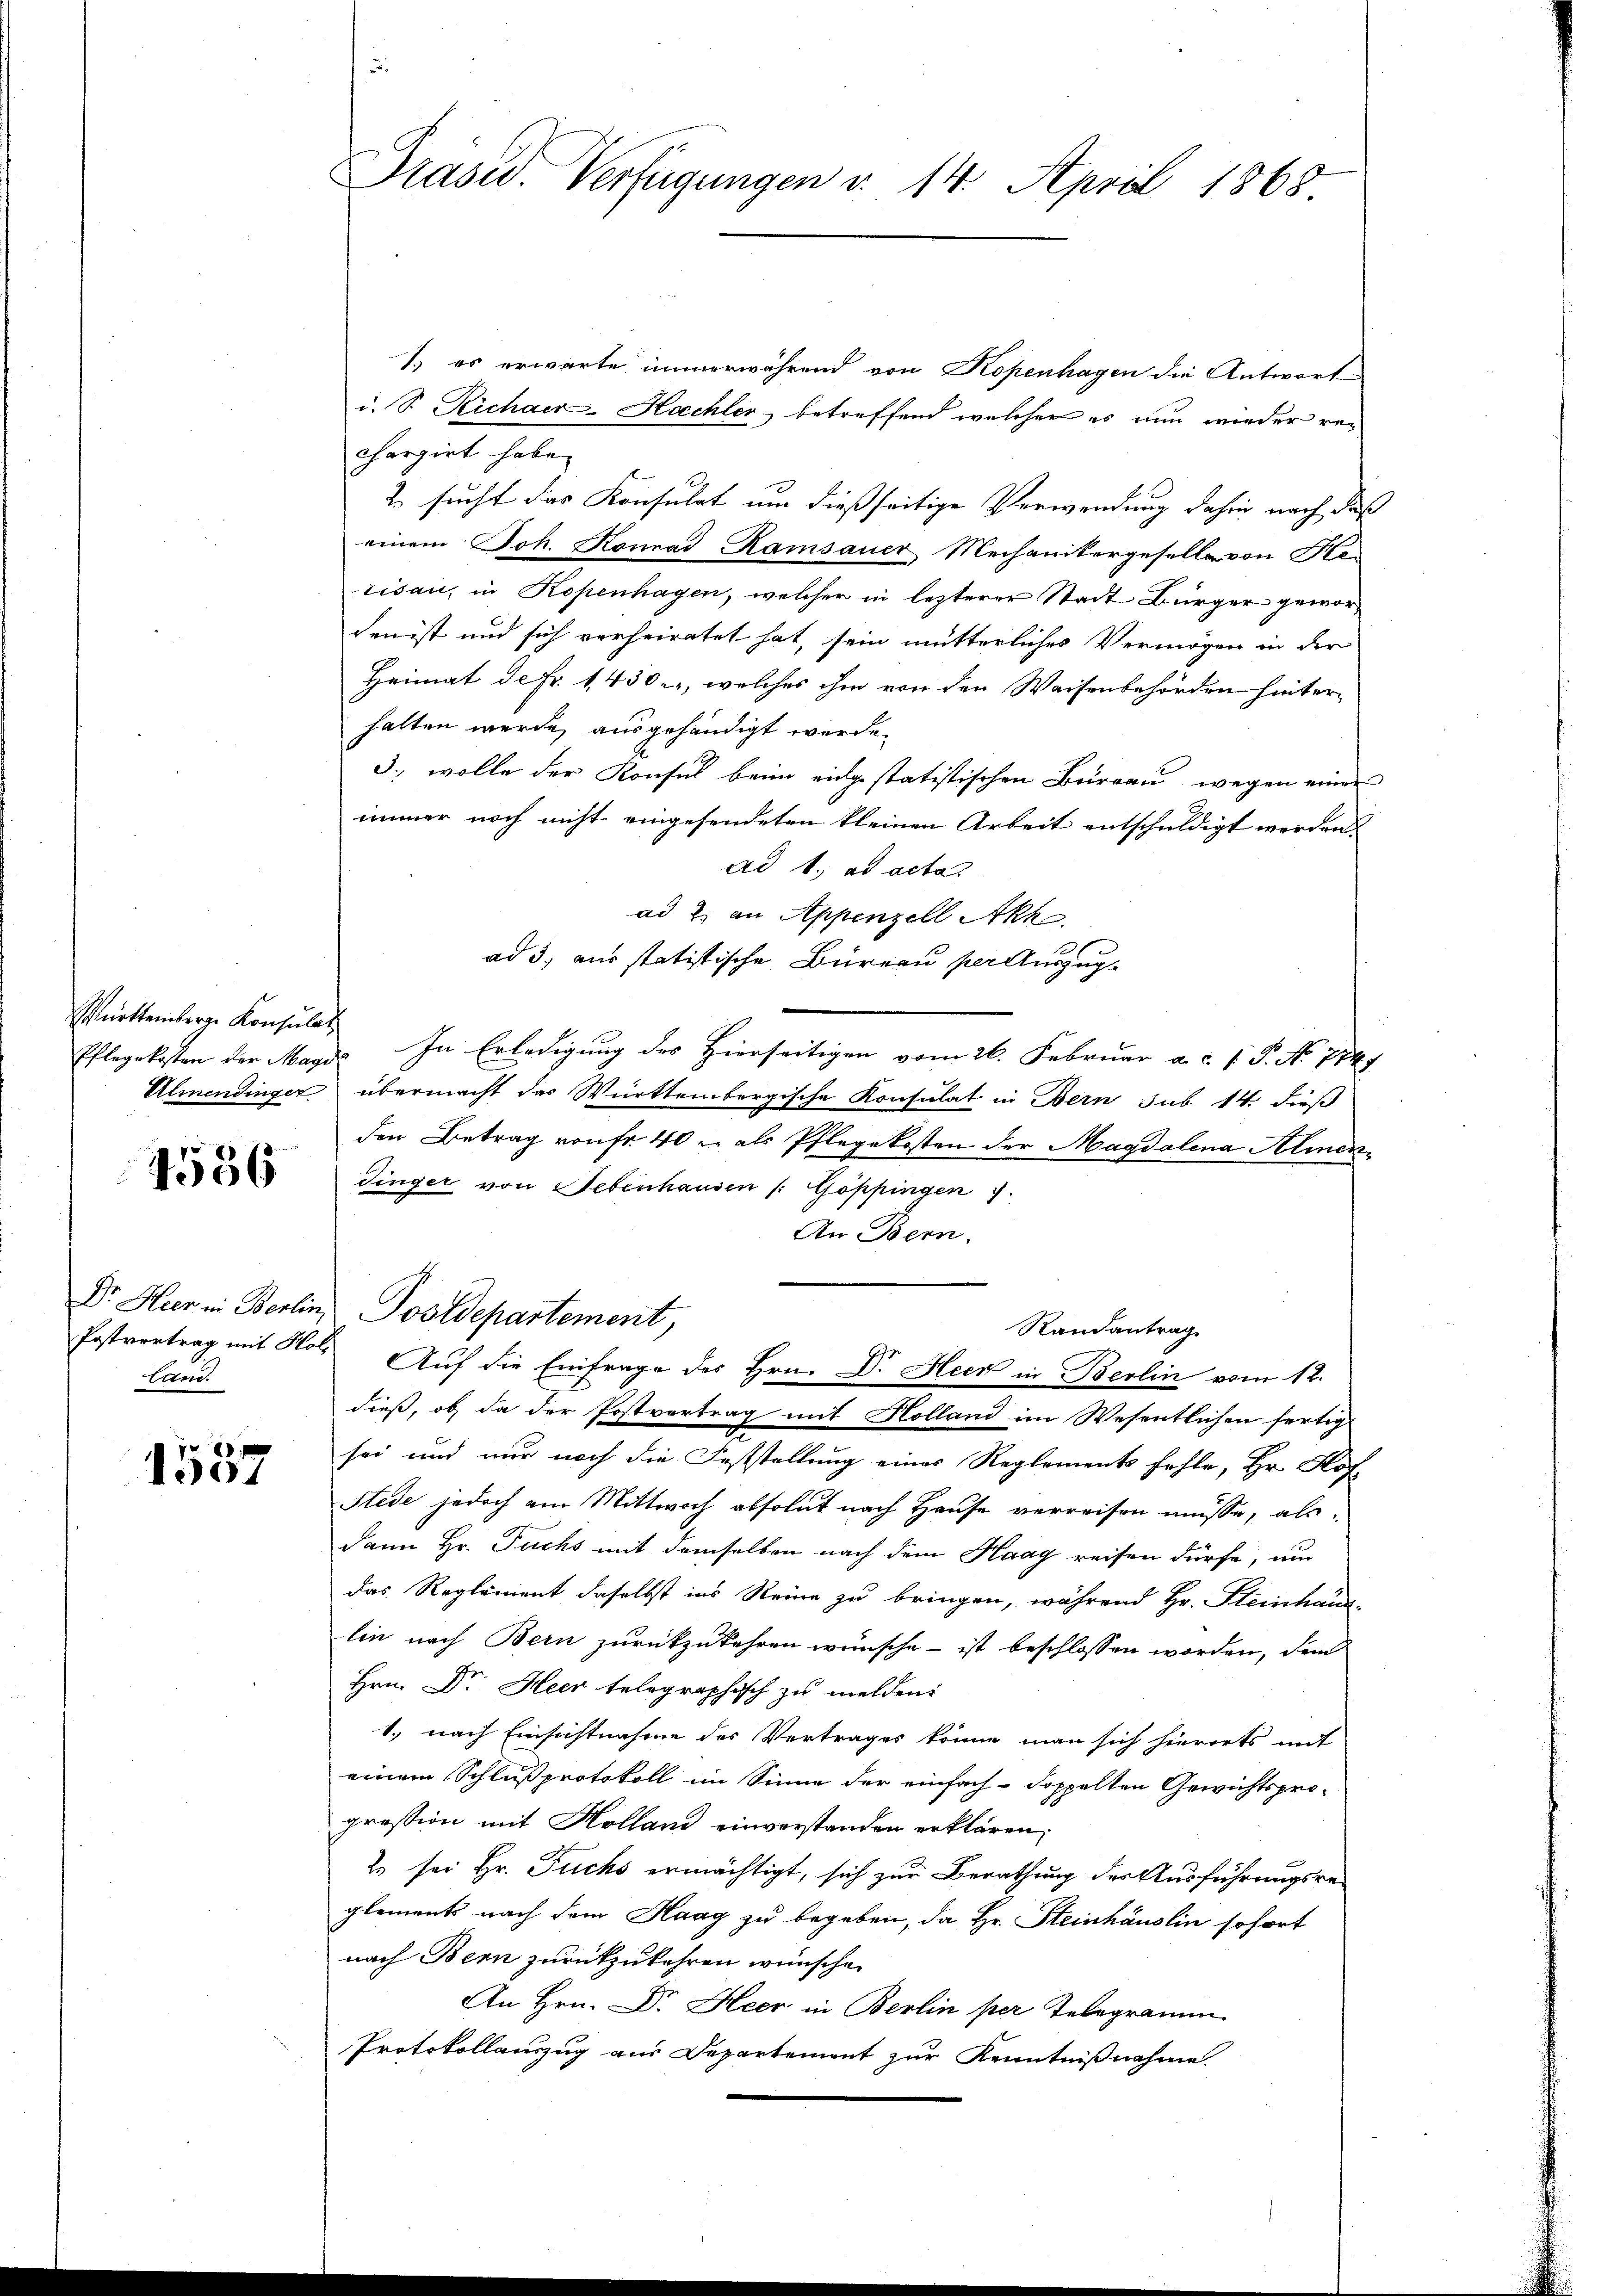
Württemberge Konsulat

4586

tan.

1501

1.) es erwarte immerwährend von Kopenhagen die Antwort
i. S. Richaer-Hachler, betreffend welcher es nun wieder rechargirt habe.
2. sucht der Konsulat um dießseitige Verwendung dahin nach daß
einem Joh. Konrad Kamsauer Mechanikergeselle von Herisau, in Kopenhagen, welcher in lezterer Stadt Bürger geworden ist und sich verheiratet hat, sein mütterliches Vermögen in der
Heimat de Fr. 1430, welches ihm von den Waisenbehörden hinterhalten werde, ausgehändigt werde.
3., wolle der Konsul beim eingestatistischen Büreau, wegen einer
immer noch nicht eingesendeten kleinen Arbeit entschuldigt werden.
ad 1. ad acta
ad 2. an Appenzell Akh.
ad 3, aus statistische Büreau per Auszug
Pflegekosten der Magd. In Erledigung des Hierseitigen vom 26. Februar a.c. P. No 754.
Almendinger übermacht das Württembergische Konsulat in Bern sub 14. dieß
den Betrag von fr. 40 u. als Pflegekosten der Magdalena Kliendinger von Nebenhausen /: Göppingen.
An Bern.
Dr. Hier in Berlin, Postdepartement,
Randantrag.
Postvertrag mit Holz Auf die Einfrage des Hrn. Dr. Heck in Berlin vom 12.
dieß, ob, da der Postvertrag mit Holland im Wesentlichen fertig
sei und nur noch die Feststellung eines Reglements fehle, Hr. Hof
Stede jedoch am Mittwoch absolut nach Hause verreisen müsse, als
dann Hr. Fuchs mit demselben nach dem Haag reisen dürfe, um
das Reglement, daselbst ins Reine zu bringen, während Hr. Steinhaus-
lin nach Bern zurückzukehren wünsche - ist beschlossen worden, dem
Hrn. Dr Heer telegraphisch zu melden.
1. nach Einsichtnahme des Vertrages könne man sich hierorts mit
einem Schlußprotokoll im Sinne der einfach-doppelten Gewichtspropression mit Holland einverstanden erklären;
2 sei Hr. Fuchs ermächtigt, sich zur Berathung der Ausführungsreglements nach dem Haag zu begeben, da Hr. Steinhäuslin sofort
nach Bern zurückzukehren wünsche.
An Hrn. Dr. Heer in Berlin per Telegramm
Protokollauszug aus Departement zur Kenntnißnahme.

Präsid. Verfügungen v. 14. April 1865